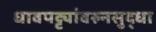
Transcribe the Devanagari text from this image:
धावपट्ट्यांवरुनसुद्धा